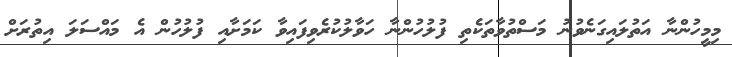
މިމީހުންނާ އަތުލައިގަނެވުނު މަސްތުވާތަކެތި ފުލުހުންނާ ހަވާލުކުރެވިފައިވާ ކަމަށާއި ފުލުހުން އެ މައްސަލަ އިތުރަށް